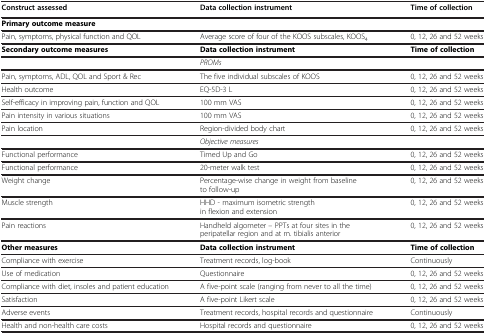
<table><thead><tr><td><b>Construct assessed</b></td><td><b>Data collection instrument</b></td><td><b>Time of collection</b></td></tr></thead><tbody><tr><td><b>Primary outcome measure</b></td><td> </td><td> </td></tr><tr><td>Pain, symptoms, physical function and QOL</td><td>Average score of four of the KOOS subscales, KOOS<sub>4</sub></td><td>0, 12, 26 and 52 weeks</td></tr><tr><td><b>Secondary outcome measures</b></td><td><b>Data collection instrument</b></td><td><b>Time of collection</b></td></tr><tr><td> </td><td><i>PROMs</i></td><td> </td></tr><tr><td>Pain, symptoms, ADL, QOL and Sport &amp; Rec</td><td>The five individual subscales of KOOS</td><td>0, 12, 26 and 52 weeks</td></tr><tr><td>Health outcome</td><td>EQ-5D-3 L</td><td>0, 12, 26 and 52 weeks</td></tr><tr><td>Self-efficacy in improving pain, function and QOL</td><td>100 mm VAS</td><td>0, 12, 26 and 52 weeks</td></tr><tr><td>Pain intensity in various situations</td><td>100 mm VAS</td><td>0, 12, 26 and 52 weeks</td></tr><tr><td>Pain location</td><td>Region-divided body chart</td><td>0, 12, 26 and 52 weeks</td></tr><tr><td> </td><td><i>Objective measures</i></td><td> </td></tr><tr><td>Functional performance</td><td>Timed Up and Go</td><td>0, 12, 26 and 52 weeks</td></tr><tr><td>Functional performance</td><td>20-meter walk test</td><td>0, 12, 26 and 52 weeks</td></tr><tr><td>Weight change</td><td>Percentage-wise change in weight from baseline to follow-up</td><td>0, 12, 26 and 52 weeks</td></tr><tr><td>Muscle strength</td><td>HHD - maximum isometric strength in flexion and extension</td><td>0, 12, 26 and 52 weeks</td></tr><tr><td>Pain reactions</td><td>Handheld algometer – PPTs at four sites in the peripatellar region and at m. tibialis anterior</td><td>0, 12, 26 and 52 weeks</td></tr><tr><td><b>Other measures</b></td><td><b>Data collection instrument</b></td><td><b>Time of collection</b></td></tr><tr><td>Compliance with exercise</td><td>Treatment records, log-book</td><td>Continuously</td></tr><tr><td>Use of medication</td><td>Questionnaire</td><td>0, 12, 26 and 52 weeks</td></tr><tr><td>Compliance with diet, insoles and patient education</td><td>A five-point scale (ranging from never to all the time)</td><td>0, 12, 26 and 52 weeks</td></tr><tr><td>Satisfaction</td><td>A five-point Likert scale</td><td>0, 12, 26 and 52 weeks</td></tr><tr><td>Adverse events</td><td>Treatment records, hospital records and questionnaire</td><td>Continuously</td></tr><tr><td>Health and non-health care costs</td><td>Hospital records and questionnaire</td><td>0, 12, 26 and 52 weeks</td></tr></tbody></table>